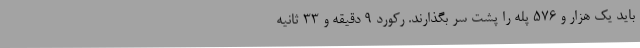
باید یک هزار و ۵۷۶ پله را پشت سر بگذارند. رکورد ۹ دقیقه و ۳۳ ثانیه